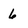
Character: 6